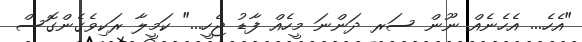
"އެހެ... އެހެނެއް ނޫން ސަރ ދަންނަ މީހެއް ފާޑު ޖެހީ..." ކަމީލާ ރަކިވެގެންގޮސް